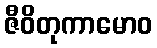
ဇီဝိတုကာမောဝ